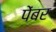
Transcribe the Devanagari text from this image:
पेंबर